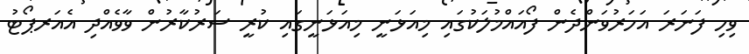
ވިހި ފަނަރަ އަހަރުވަންދެން ފޯއައްމުލަކުގައި މިއަޅަނީ މިއަޅަނީގައި ކުރީ ސަރުކާރުން ވާވެއްދި އެއަރޕޯޓު